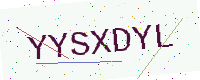
Text: YYSXDYL